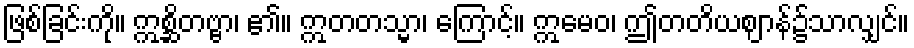
ဖြစ်ခြင်းကို။ ဣစ္ဆိတဗ္ဗာ၊ ၏။ ဣတတသ္မာ၊ ကြောင့်။ ဣမေဝ၊ ဤတတိယဈာန်၌သာလျှင်။